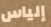
إلياس